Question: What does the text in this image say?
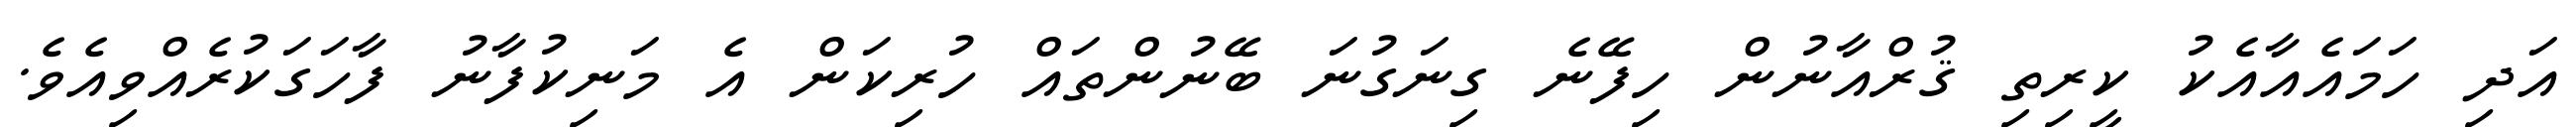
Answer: އަދި ހަމައެއާއެކު ކީރިތި ޤުރްއާނުން ހިފޭނެ ގިނަގުނަ ބޭނުންތައް ހުރިކަން އެ މަނިކުފާނު ފާހަގަކުރެއްވިއެވެ.